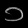
Digit: ၁